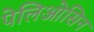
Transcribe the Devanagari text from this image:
पेलिओसिन